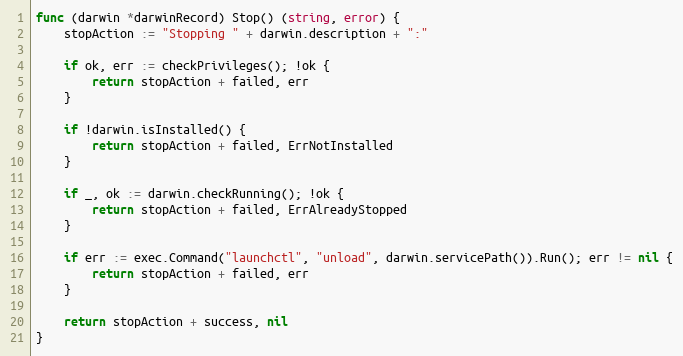
Language: Go
func (darwin *darwinRecord) Stop() (string, error) {
	stopAction := "Stopping " + darwin.description + ":"

	if ok, err := checkPrivileges(); !ok {
		return stopAction + failed, err
	}

	if !darwin.isInstalled() {
		return stopAction + failed, ErrNotInstalled
	}

	if _, ok := darwin.checkRunning(); !ok {
		return stopAction + failed, ErrAlreadyStopped
	}

	if err := exec.Command("launchctl", "unload", darwin.servicePath()).Run(); err != nil {
		return stopAction + failed, err
	}

	return stopAction + success, nil
}